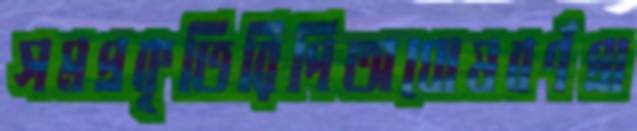
সমপ্রকৃতিরিপিঅঘোষবর্ণপ্রা